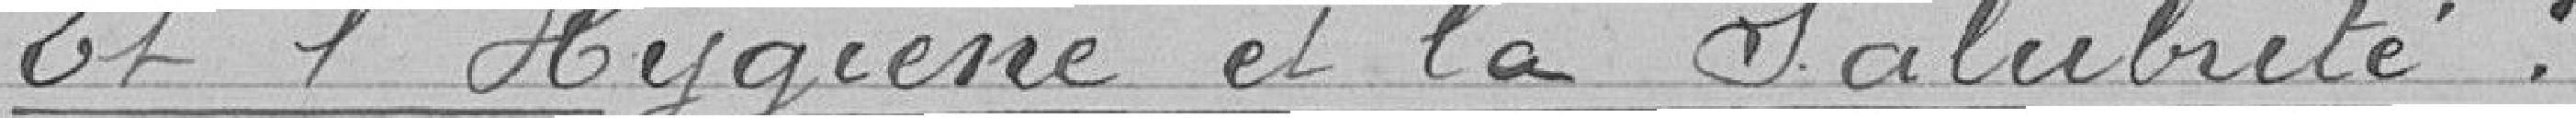
Et l'hygiène et la salubrité ?